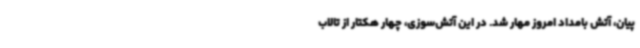
پیان، آتش بامداد امروز مهار شد. در این آتش‌سوزی، چهار هکتار از تالاب